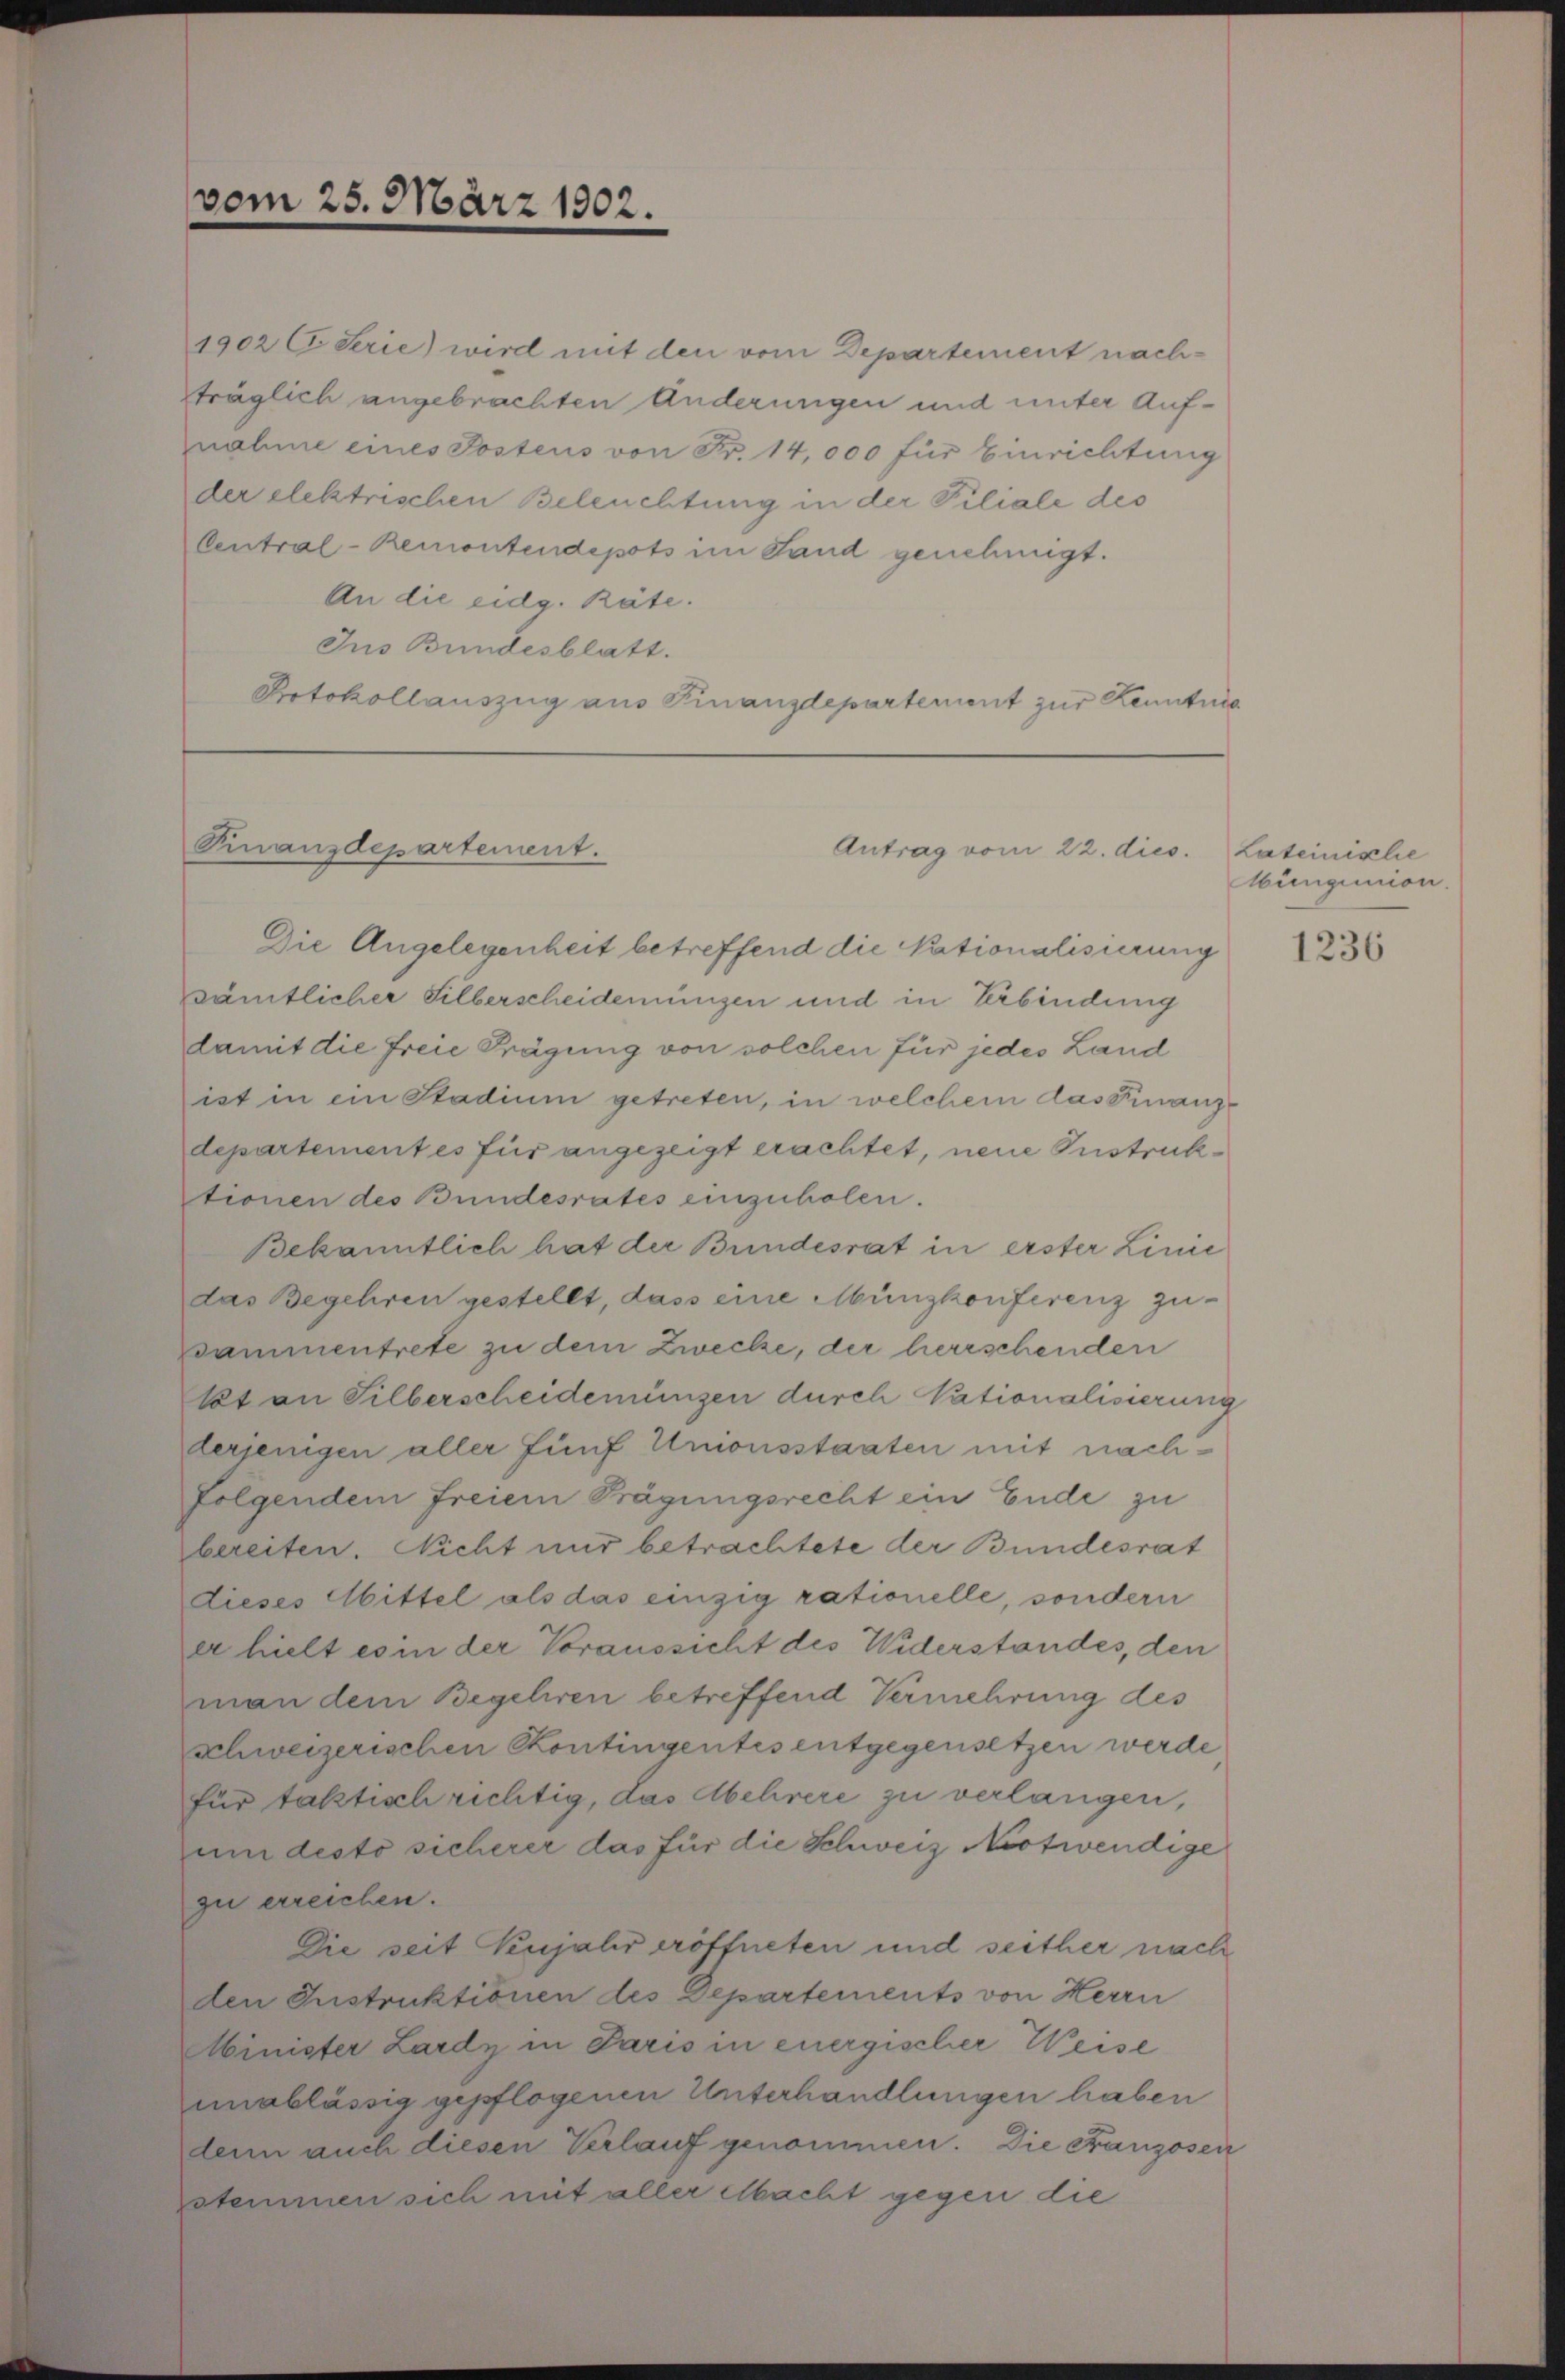
vom 25. März 1902.

1902 C Serie) wird mit den vom Departement nachsträglich angebrachten Änderungen und unter Aufznahme eines Postens von Fr. 14,000 für Einrichtung
der elektrischen Beleuchtung in der Filiale des
Central-Remontendepots im Land genehmigt.
An die eidg. Räte.
Jus Bundesblatt.
Protokollauszug aus Finanzdepartement zur Kenntnis

Finanzdepartement.

Antrag vom 22. dies. Lateinische

Die Angelegenheit betreffend die Nationalisierung
sämtlicher Silberscheidemungen und in Verbindung
damit die freie Prägung von solchen für jedes Land
ist in ein Stadium getreten, in welchem das Finanzdepartement es für angezeigt erachtet, neue Instruktionen des Bundesrates einzuholen.
Bekanntlich hat der Bundesrat in erster Linie
das Begehren gestellt, dass eine Münzkonferenz zusammentrete zu dem Zwecke, der herrschenden
kt an Silberscheidemünzen durch Nationalisierung
derjenigen aller fünf Unionsstaaten mit nachfolgendem freiein Trägungsrecht ein Ende zu
bereiten. Nicht nur betrachtete der Bundesrat
dieses Abittel als das einzig rationelle, sondern
er hielt es in der Voraussicht des Widerstandes, den
man dem Begeliren betreffend Vermehrung des
schweizerischen Contingentes entgegensetzen werde
für faktisch richtig, das Abehrere zu verlangen,
um desto sicherer das für die Schweiz Notwendige
zu erreichen.
Die seit Kujahr eröffneten und seither nach
den Instruktionen des Departements von Herrn
Minister Lardy in Paris in energischer Weise
unablässig gepflogenen Unterhandlungen haben
denn auch diesen Verlauf genommen. Die Franzosen
zsteinmen sich mit aller Macht gegen die

Aungumion.

1236